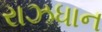
રાઝધાન